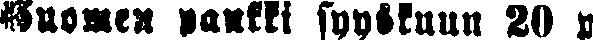
Suomen pankki syyskuun 20 p